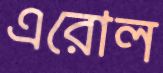
এরোল